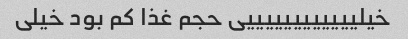
خیلییییییییییییی حجم غذا کم بود خیلی